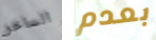
الساخر بعدم